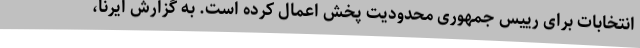
انتخابات برای رییس جمهوری محدودیت پخش اعمال کرده است. به گزارش ایرنا،